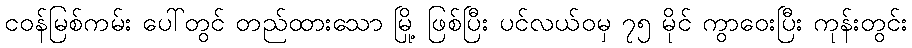
ငဝန်မြစ်ကမ်း ပေါ်တွင် တည်ထားသော မြို့ ဖြစ်ပြီး ပင်လယ်ဝမှ ၇၅ မိုင် ကွာဝေးပြီး ကုန်းတွင်း